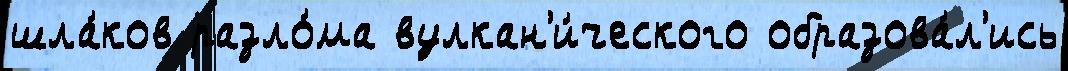
шла́ков разло́ма вулкан'и́ческого образова́л'ись